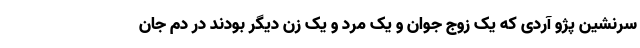
سرنشین پژو آردی که یک زوج جوان و یک مرد و یک زن دیگر بودند در دم جان